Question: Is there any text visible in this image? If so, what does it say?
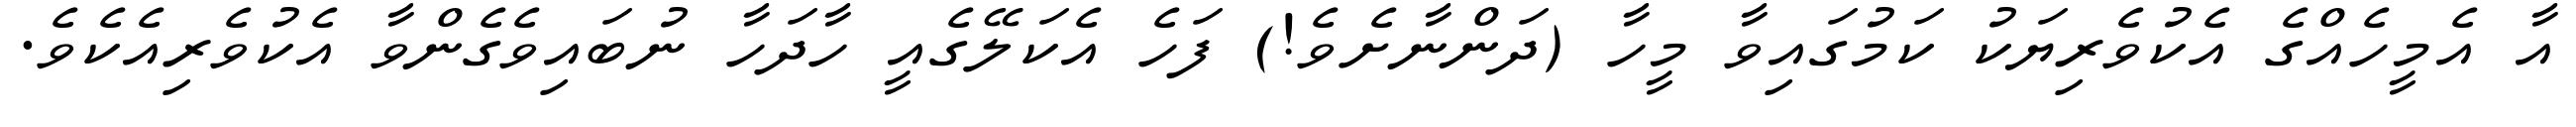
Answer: އާ އެމީހެއްގެ އެކުވެރިޔަކު ކަމުގައިވާ މީހާ (ދަންނާށެވެ!) ފަހެ އެކަލޭގެއީ ހާދަހާ ނުބައިވެގެންވާ އެކުވެރިއެކެވެ.